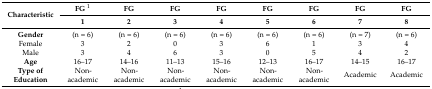
<table><thead><tr><td rowspan="2"><b>Characteristic</b></td><td><b>FG 1</b></td><td><b>FG</b></td><td><b>FG</b></td><td><b>FG</b></td><td><b>FG</b></td><td><b>FG</b></td><td><b>FG</b></td><td><b>FG</b></td></tr><tr><td><b>1</b></td><td><b>2</b></td><td><b>3</b></td><td><b>4</b></td><td><b>5</b></td><td><b>6</b></td><td><b>7</b></td><td><b>8</b></td></tr></thead><tbody><tr><td><b>Gender</b></td><td>(n = 6)</td><td>(n = 6)</td><td>(n = 6)</td><td>(n = 6)</td><td>(n = 6)</td><td>(n = 6)</td><td>(n = 7)</td><td>(n = 6)</td></tr><tr><td>Female</td><td>3</td><td>2</td><td>0</td><td>3</td><td>6</td><td>1</td><td>3</td><td>4</td></tr><tr><td>Male</td><td>3</td><td>4</td><td>6</td><td>3</td><td>0</td><td>5</td><td>4</td><td>2</td></tr><tr><td><b>Age</b></td><td>16–17</td><td>14–16</td><td>11–13</td><td>15–16</td><td>12–13</td><td>16–17</td><td>14–15</td><td>16–17</td></tr><tr><td><b>Type of Education</b></td><td>Non-academic</td><td>Non-academic</td><td>Non-academic</td><td>Non-academic</td><td>Non-academic</td><td>Non-academic</td><td>Academic</td><td>Academic</td></tr></tbody></table>